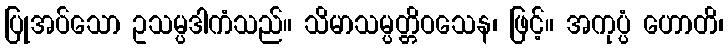
ပြုအပ်သော ဥသမ္ပဒါကံသည်။ သိမာသမ္ပတ္တိဝသေန၊ ဖြင့်။ အကုပ္ပံ ဟောတိ၊